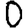
Digit: 0